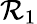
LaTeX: \mathcal{R}_{1}